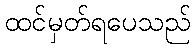
ထင်မှတ်ရပေသည်